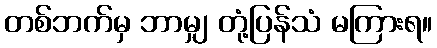
တစ်ဘက်မှ ဘာမျှ တုံ့ပြန်သံ မကြားရ။